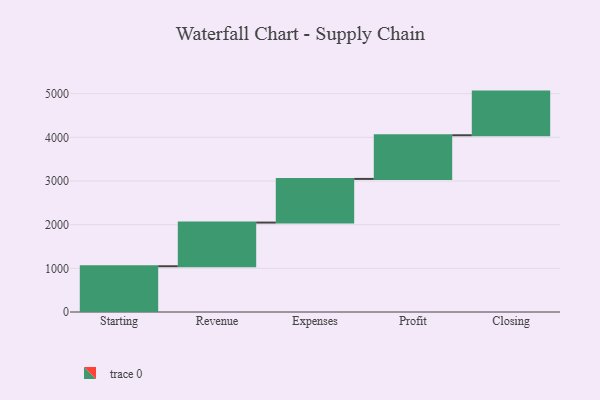
{"axis": {"x": "Step", "y": "Value"}, "legend": [""], "data": [{"x": "Starting", "y": 1048.0, "type": ""}, {"x": "Revenue", "y": 1000, "type": ""}, {"x": "Expenses", "y": 1000, "type": ""}, {"x": "Profit", "y": 1000, "type": ""}, {"x": "Closing", "y": 1000, "type": ""}]}